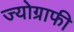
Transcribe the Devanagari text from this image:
ज्योग्राफी